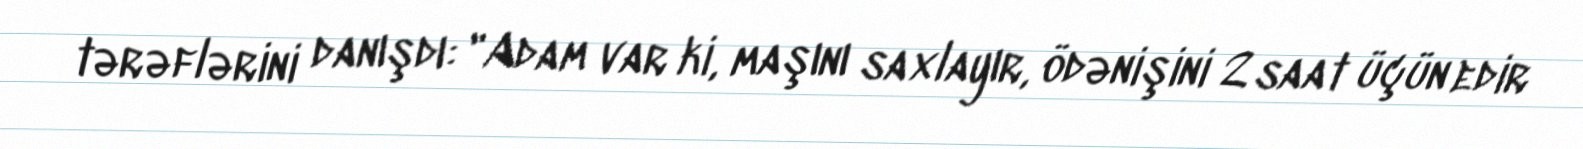
tərəflərini danışdı: "Adam var ki, maşını saxlayır, ödənişini 2 saat üçün edir